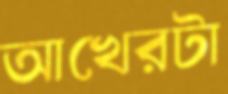
আখেরটা